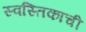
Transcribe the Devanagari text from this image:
स्वस्तिकाची